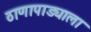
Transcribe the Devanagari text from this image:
ठाणापाड्याला